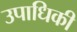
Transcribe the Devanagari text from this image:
उपाधिकी